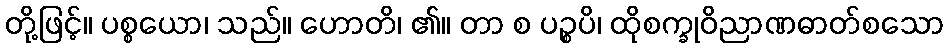
တို့ဖြင့်။ ပစ္စယော၊ သည်။ ဟောတိ၊ ၏။ တာ စ ပဉ္စပိ၊ ထိုစက္ခုဝိညာဏဓာတ်စသော